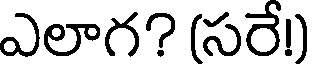
ఎలాగ? (సరే!)